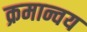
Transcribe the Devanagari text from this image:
क्रमान्वय